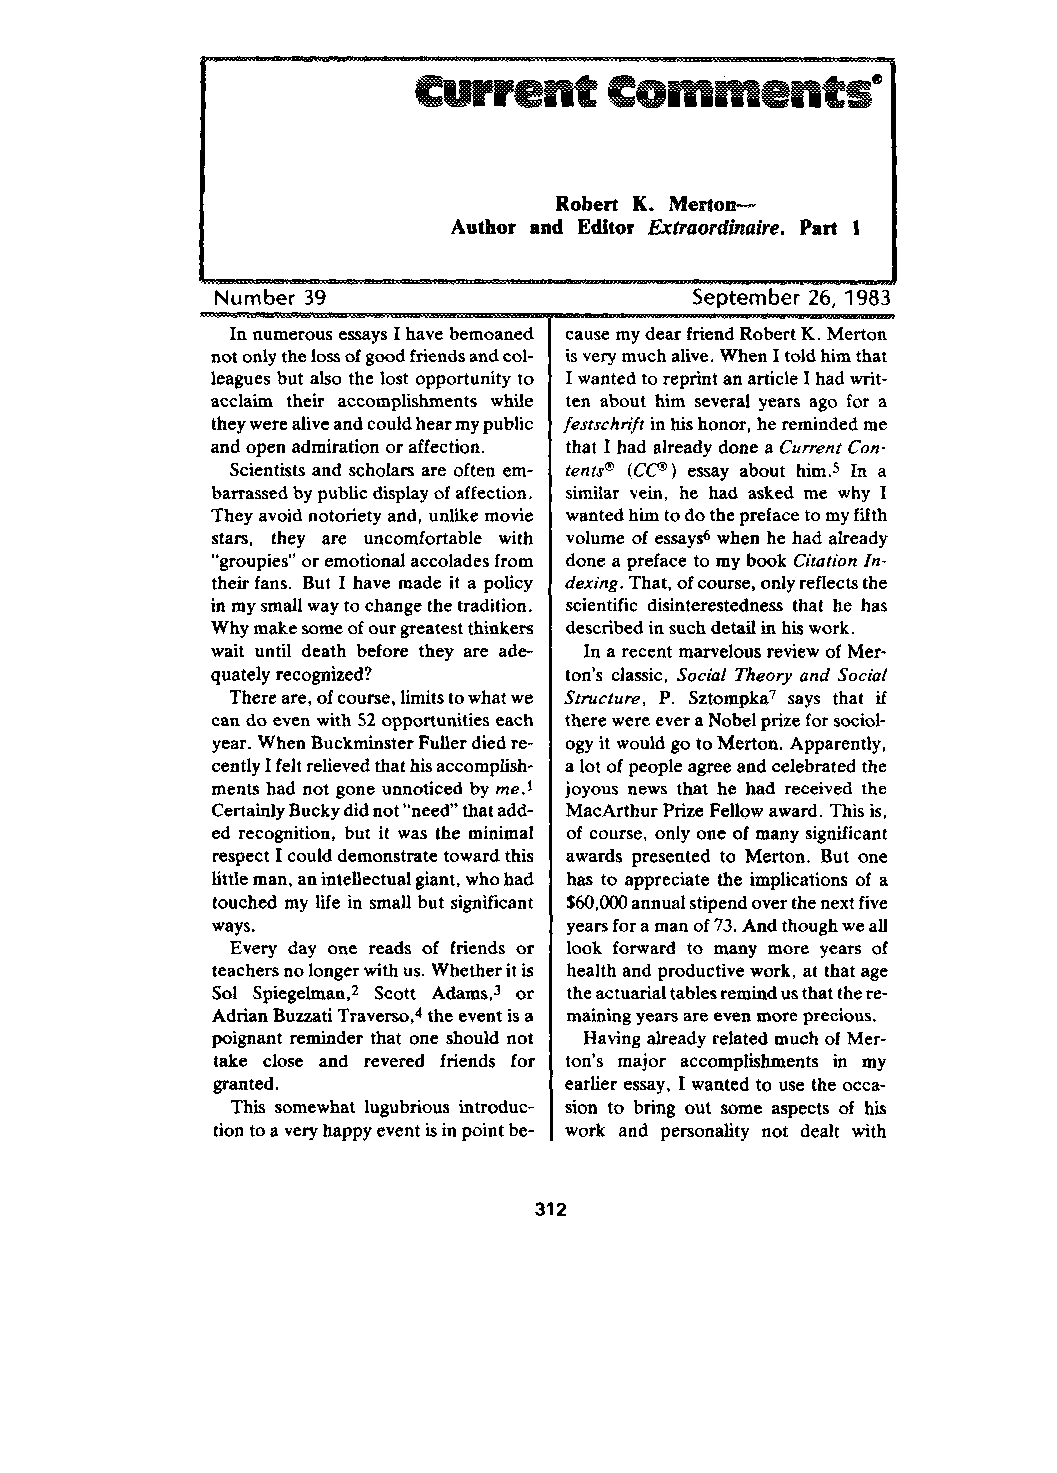
Robert K. Mertoss—
 Author and Editor Extraordimzire. Part 1
 Number 39                       September- 26; 1983
 In numerous essays I have bemoaned cause my dear friend Robert K. Merton
 not only the lossofgood friends and col- isvery much alive. When Itold hlm that
 leagues but also the lost opportunity to Iwanted to reprint an article Ihad writ-
 acclaim their accomplishments while ten about him several years ago for a
 they were alive and could hear mypublic ~estschti~t inhishonor, he reminded me
 and open admiration or affection. that I had already done a Current Con-
 Scientists and scholars are often em- tent@ (C@ ) essay about him.s In a
 barrassed by public display of affection. similar vein, he had asked me why I
 They avoid notoriety and, unlie movie wanted him todo the preface to myfifth
 stars, they are uncomfortable with volume of essaysb when he had already
 “groupies” or emotional accolades from done a preface to my book Citation In-
 their fans. But I have made it a policy dexing. That, ofcourse, only reflects the
 in mysmall way to change the tradition. scientific disinterestedness that he has
 Why make some ofour greatest thinkers described in such detail in hiswork.
 wait until death before they are ade- In a recent marvelous review of Mer-
 quately recognized?    ton’s classic, Social Theory and Social
 There are, ofcourse, limits towhat we Structure, P. SztompkaT says that if
 can do even with 52opportunities each there were ever aNobel prize for sociol-
 year. When Buckminster Fuller died re- ogy it would go to Merton. Apparently,
 cently Ifelt relieved that hisaccomplish- a lot ofpeople agree and celebrated the
 ments had not gone unnoticed by me.1 joyous news that he had received the
 Certainly Bucky did not “need that add- MacArthur Prize Fellow award. This is,
 ed recognition, but it was the minimal of course, only one of many significant
 respect Icould demonstrate toward thk awards presented to Merton. But one
 little man, anintellectual giant, who had has to appreciate the implications of a
 touched my liie in small but sign~lcant $60,000 annual stipend over the next five
 ways.                  years for aman of73.And though weall
 Every day one reads of friends or look forward to many more years of
 teachers no longer with us. Whether itis health and productive work, at that age
 Sol Spiegelman,z Scott Adams,s or the actuarial tables remind usthat there-
 Adnan Buzzati Traverso,4 the event isa mainkg years are even more precious.
 poignant reminder that one should not Having already related much of Mer-
 take close and revered friends for ton’s major accomplishments in my
 granted.               earlier essay, I wanted to use the occa-
 Ths somewhat lugubrious introduc- sion to bring out some aspects of hk
 tion to avery happy event isinpoint be- work and personality not dealt with
 312